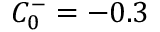
C _ { 0 } ^ { - } = - 0 . 3